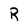
Character: R